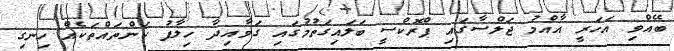
ބޭއްވި އަހަރީ އާއްމު ޖަލްސާގައި ޕްރޮކްސީ ބަލައިގަތުމުގައި ގަވާއިދާ ހިލާފު ކަންތައްތަކެއް ހިނގި